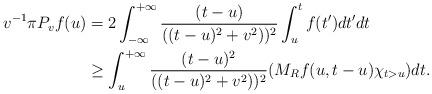
LaTeX: \begin{align*}v^{-1}\pi P_v f(u)&=2\int_{-\infty}^{+\infty}\frac{(t-u)}{((t-u)^2+v^2))^2}\int_{u}^{t}f(t')dt'dt\\&\geq \int_{u}^{+\infty}\frac{(t-u)^2}{((t-u)^2+v^2))^2}(M_Rf(u,t-u)\chi_{t>u})dt.\end{align*}